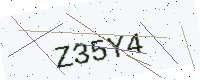
Text: Z35Y4